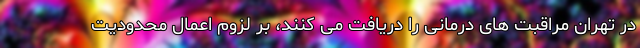
در تهران مراقبت های درمانی را دریافت می کنند، بر لزوم اعمال محدودیت